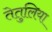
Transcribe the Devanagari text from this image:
तेतुलिया